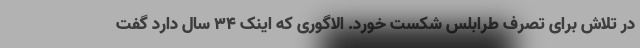
در تلاش برای تصرف طرابلس شکست خورد. الاگوری که اینک 34 سال دارد گفت